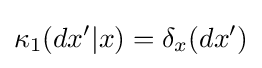
\kappa _{1}(dx'|x)=\delta _{x}(dx')